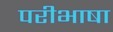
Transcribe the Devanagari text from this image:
परीभाषा